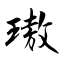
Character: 璈